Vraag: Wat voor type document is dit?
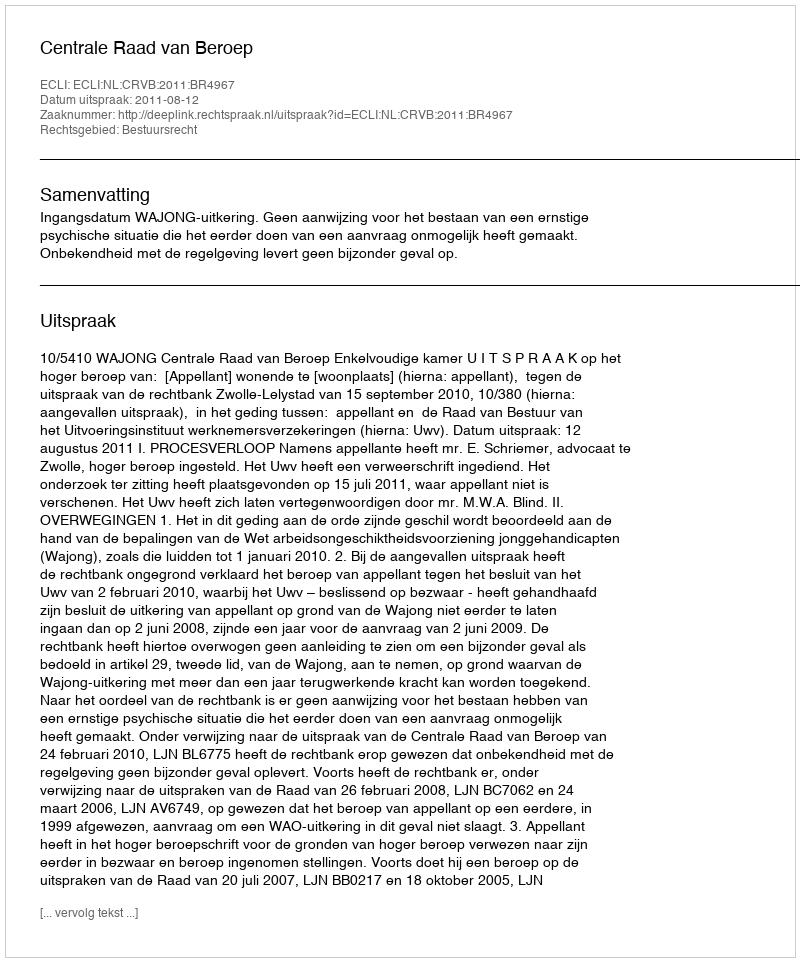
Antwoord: Uitspraak